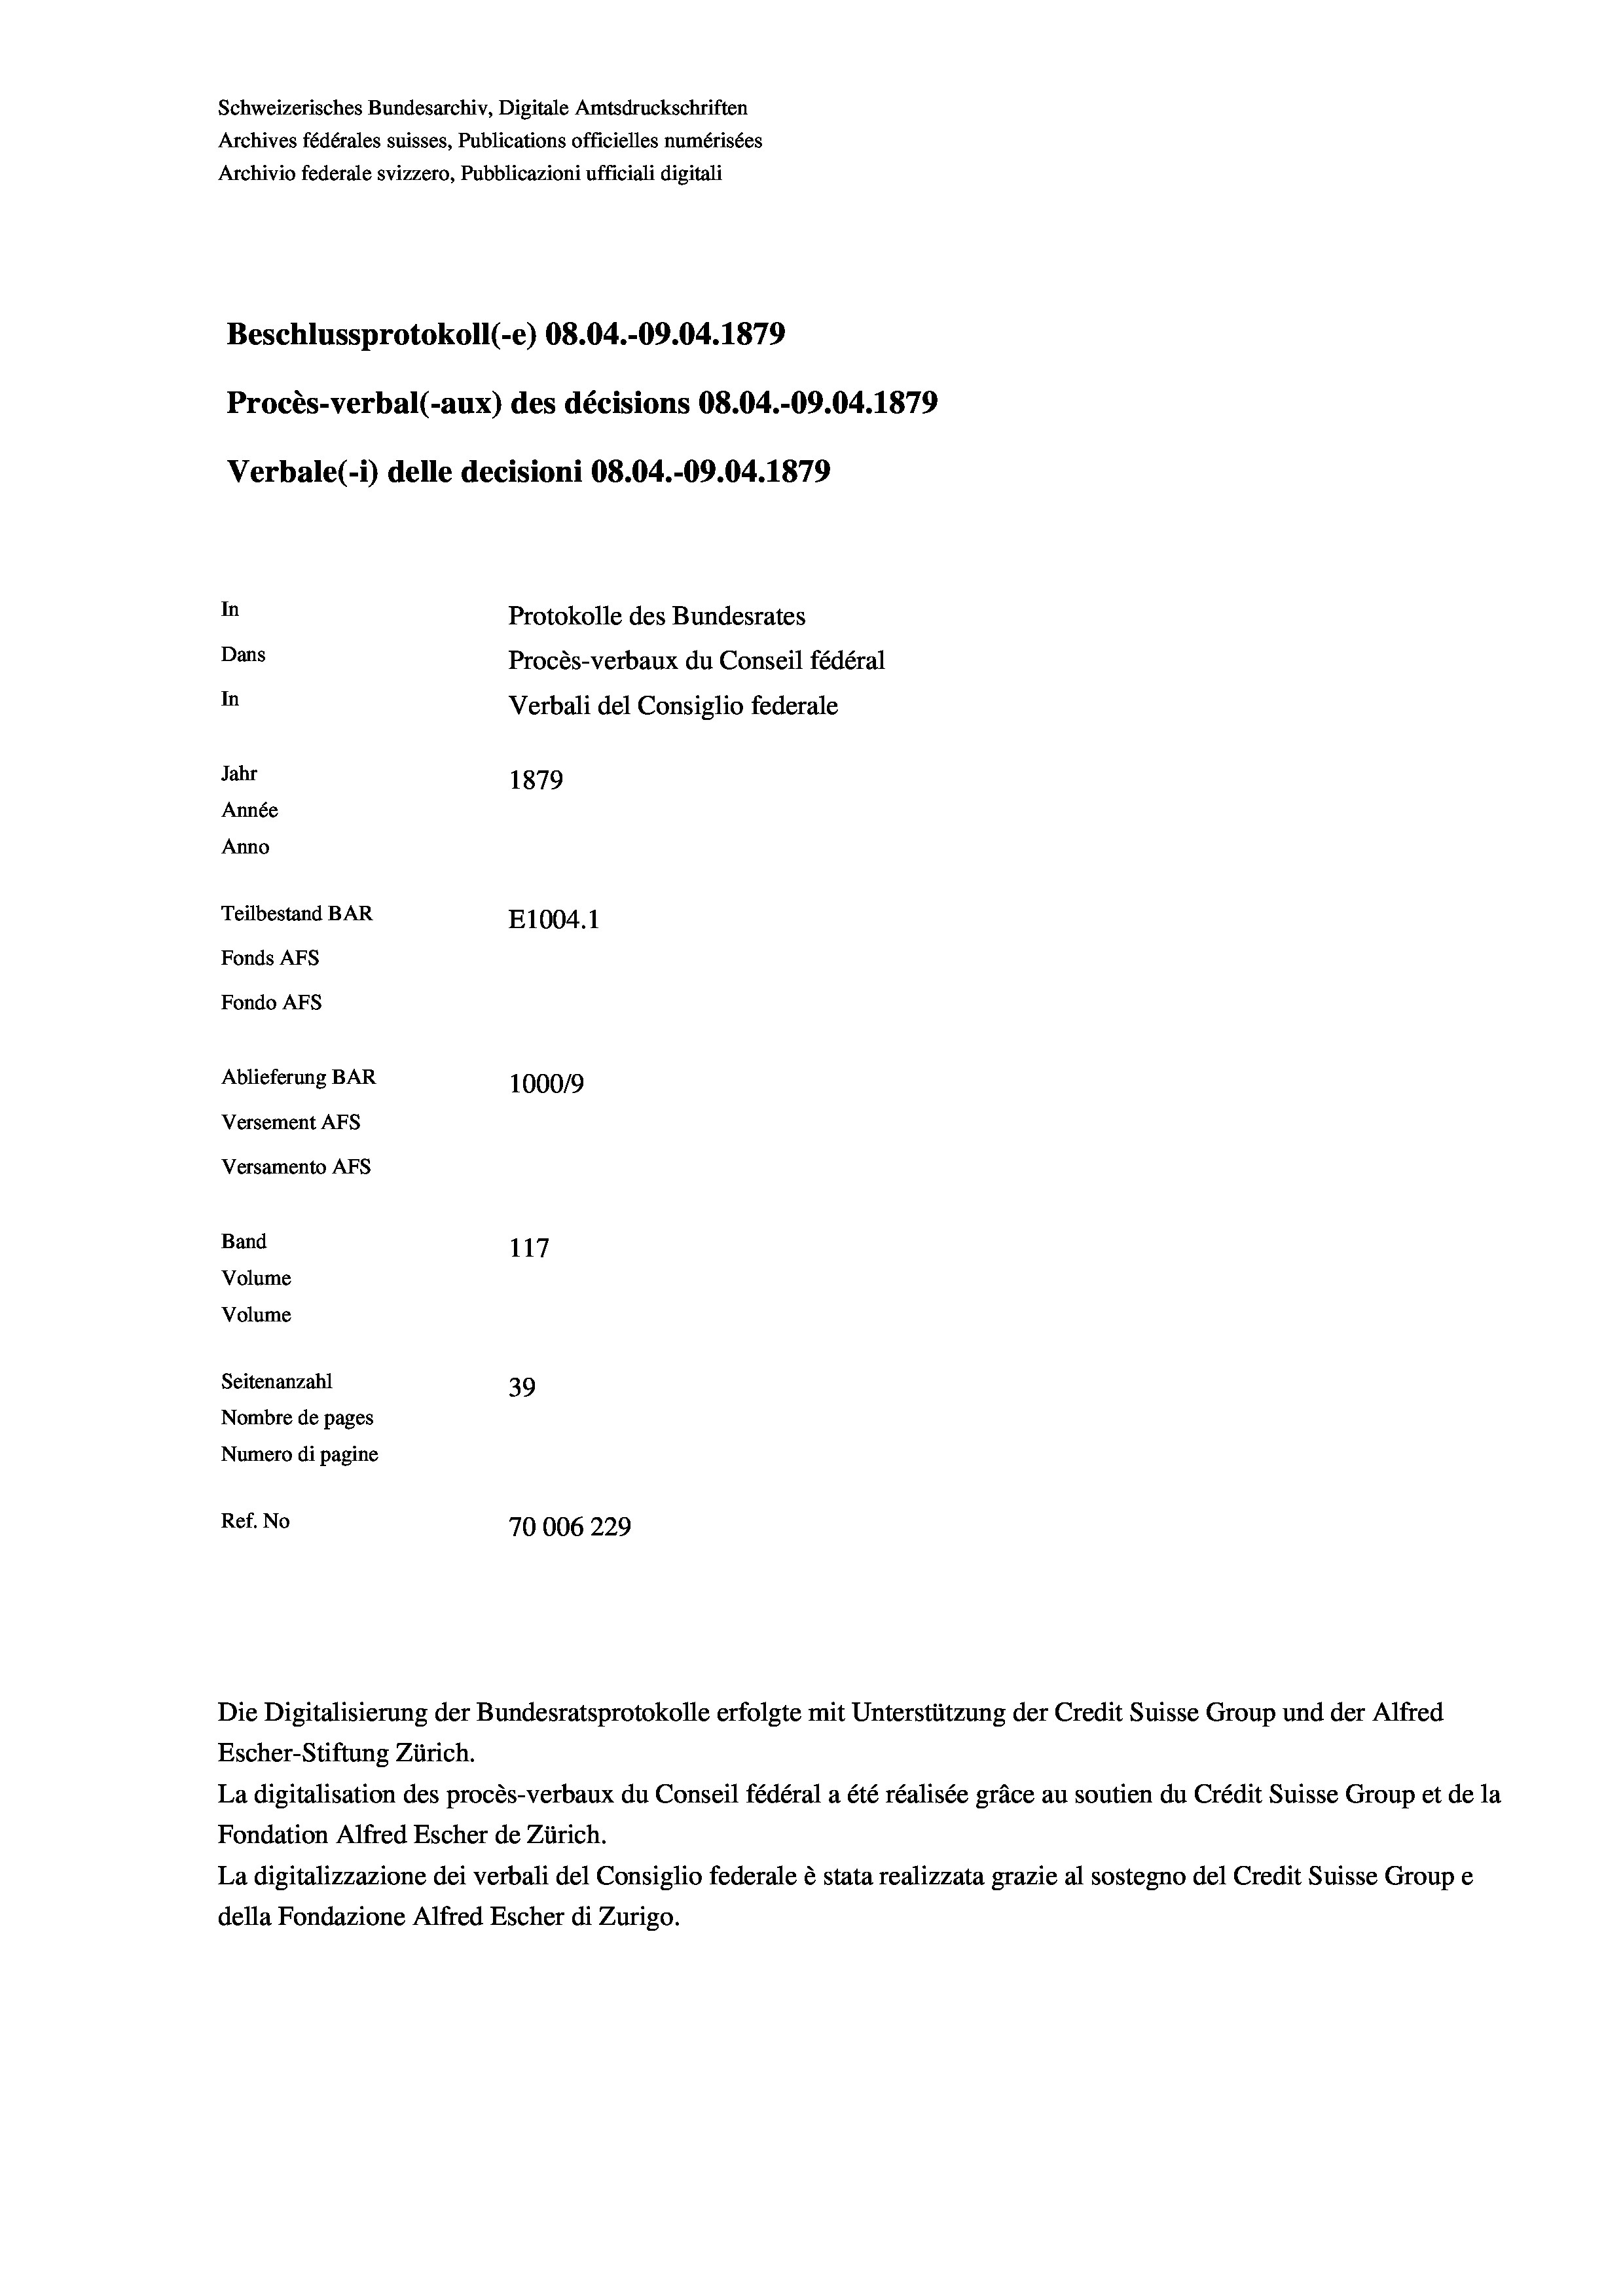
Schweizerisches Bundesarchiv, Digitale Amtsdruckschriften
Archives fédérales suisses, Publications officielles numérisées
Archivio federale svizzero, Pubblicazioni ufficiali digitali
Beschlussprotokoll (-e) 08.04.-09.04. 1879
Procès-verbal (-aux) des décisions 08.04.-09.04. 1879
Verbale (i) delle decisioni 08.04.-09.04. 1879
In
Protokolle des Bundesrates
Dans
Procès-verbaux du Conseil fédéral
In
Verbali del Consiglio federale
Jahr
1879
Année
Anno
Teilbestand BAR
E1004.1
Fonds AFs
Fondo AFS
Ablieferung BAR
100019
Versement AFs
Versamento AFs
Band
117
Volume
Volume
Seitenanzahl
39
Nombre de pages
Numero di pagine
Ref. No
70006229

Escher-Stiftung Zürich.
La digitalisation des procès-verbaux du Conseil fédéral a été réalisée gräce au soutien du Crédit Suisse Group et de la
Fondation Alfred Escher de Zürich.
La digitalizzazione dei verbali del Consiglio federale è stata realizzata grazie al sostegno del Credit Suisse Groupe
della Fondazione Alfred Escher di Zurigo.

Die Digitalisierung der Bundesratsprotokolle erfolgte mit Unterstützung der Credit Suisse Group und der Alfred